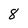
Character: 8